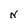
Character: N